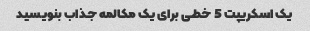
یک اسکریپت 5 خطی برای یک مکالمه جذاب بنویسید